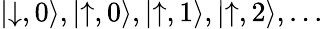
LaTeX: \left|\downarrow,0\right\rangle,\left|\uparrow,0\right\rangle,\left|\uparrow,1\right\rangle,\left|\uparrow,2\right\rangle,...